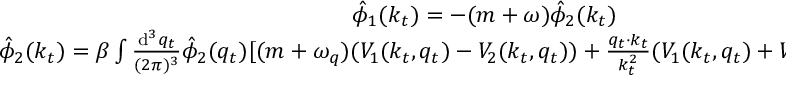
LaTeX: \begin{array} { c } { { \hat { \phi } _ { 1 } ( k _ { t } ) = - ( m + \omega ) \hat { \phi } _ { 2 } ( k _ { t } ) } } \\ { { \hat { \phi } _ { 2 } ( k _ { t } ) = \beta \int \frac { \mathrm { d } ^ { 3 } q _ { t } } { ( 2 \pi ) ^ { 3 } } \hat { \phi } _ { 2 } ( q _ { t } ) [ ( m + \omega _ { q } ) ( V _ { 1 } ( k _ { t } , q _ { t } ) - V _ { 2 } ( k _ { t } , q _ { t } ) ) + \frac { q _ { t } \cdot k _ { t } } { k _ { t } ^ { 2 } } ( V _ { 1 } ( k _ { t } , q _ { t } ) + V _ { 2 } ( k _ { t } , q _ { t } ) ) ( m - \omega ) ] } } \end{array}